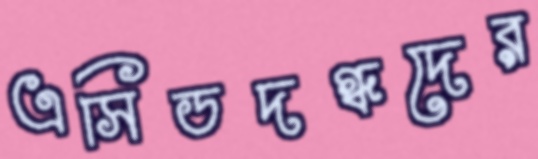
এসিডদগ্ধদের